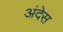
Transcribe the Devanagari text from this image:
अंदेस